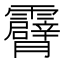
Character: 𮦾